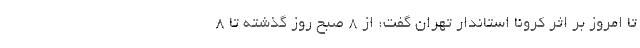
تا امروز بر اثر کرونا استاندار تهران گفت: از ۸ صبح روز گذشته تا ۸